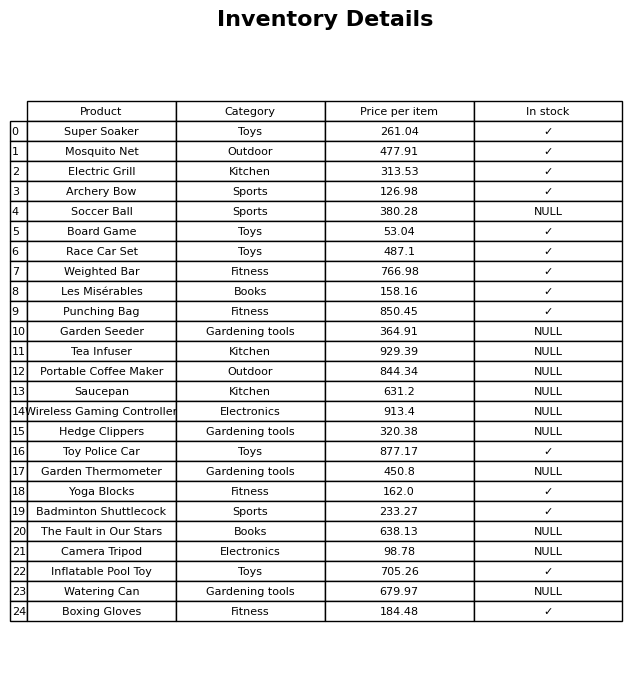
question: Which products are currently out of stock?
answer: Soccer Ball, Garden Seeder, Tea Infuser, Portable Coffee Maker, Saucepan, Wireless Gaming Controller, Hedge Clippers, Garden Thermometer, The Fault in Our Stars, Camera Tripod, Watering Can